Sketch of the medical history of the native army of Bombay, for the year
Year: 1876
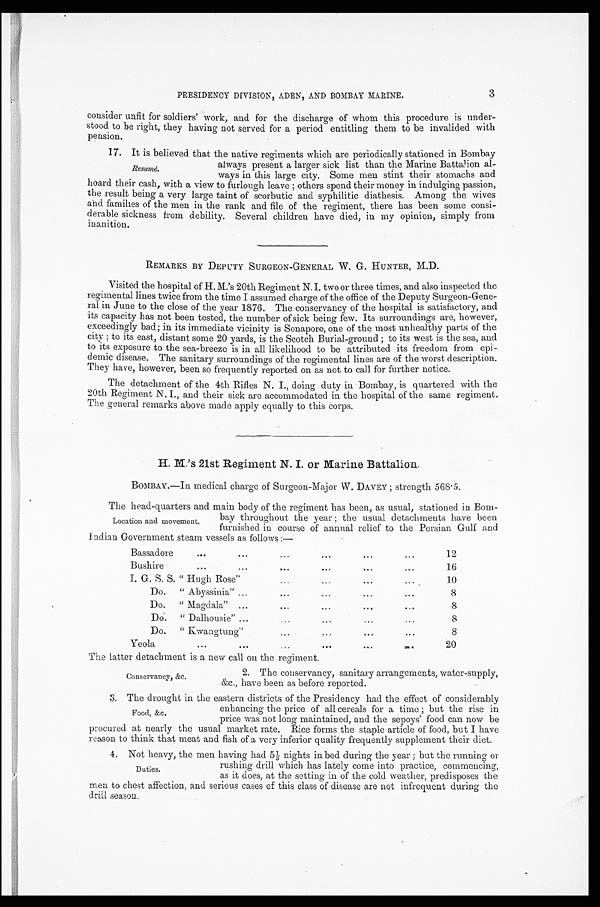
3
PRESIDENCY DIVISION, ADEN, AND BOMBAY MARINE.
consider unfit for soldiers' work, and for the discharge of whom this procedure is under-
stood to be right, they having not served for a period entitling them to be invalided with
pension.
17. It is believed that the native regiments which are periodically stationed in Bombay
R e s u m e .
always present a larger sick list than the Marine Battalion al-
ways in this large city. Some men stint their stomachs and
hoard their cash, with a view to furlough leave; others spend their money in indulging passion,
the result being a very large taint of scorbutic and syphilitic diathesis. Among the wives
and families of the men in the rank and file of the regiment, there has been some consi-
derable sickness from debility. Several children have died, in my opinion, simply from
inanition.
REMARKS BY DEPUTY SURGEON-GENERAL W. G. HUNTER, M.D.
Visited the hospital of H. M.'s 20th Regiment N. I. two or three times, and also inspected the
regimental lines twice from the time I assumed charge of the office of the Deputy Surgeon-Gene-
ral in June to the close of the year 1876. The conservancy of the hospital is satisfactory, and
its capacity has not been tested, the number of sick being few. Its surroundings are, however,
exceedingly bad; in its immediate vicinity is Sonapore, one of the most unhealthy parts of the
city ; to its east, distant some 20 yards, is the Scotch Burial-ground ; to its west is the sea, and
to its exposure to the sea-breeze is in all likelihood to be attributed its freedom from epi-
deic disease. The sanitary surroundings of the regimental lines are of the worst description.
They have, however, been so frequently reported on as not to call for further notice.
The detachment of the 4th Rifles N. I., doing duty in Bombay, is quartered with the
20th Regiment N. I., and their sick are accommodated in the hospital of the same regiment.
The general remarks above made apply equally to this corps.
H. M.'s 21st Regiment N. I. or Marine Battalion.
BOMBAY.—In medical charge of Surgeon-Major W. DAVEY ; strength 568.5.
The head-quarters and main body of the regiment has been, as usual, stationed in Born-
Location and movement.
bay throughout the year ; the usual detachments have been
furnished in course of annual relief to the Persian Gulf and
Indian Government steam vessels as follows :—
Bassadore
... ...
...
...
. . .
. . .
12
Bushire
...
...
...
. . .
. . .
. . .
16
I. G. S. S. " Hugh Rose"
...
...
...
...
10
Do.
" Abyssinia" ...
...
...
...
...
8
Do.
" Magdala" ...
...
...
...
...
8
Do. " Dalhousie" ...
... ...
...
...
8
Do.
" Kwangtung
...
...
...
...
8
Yeola
...
...
...
...
...
...
20
The latter detachment is a new call on the regiment.
Conservancy, &c.
2. The conservancy, sanitary arrangements, water-supply,
&c.,have been as before reported.
3. The drought in the eastern districts of the Presidency had the effect of considerably
Food, &c.
enhancing the price of all cereals for a time ; but the rise in
Price was not long maintained, and the sepoys' food can now be
procured at nearly the usual market rate. Rice forms the staple article of food, but I have
reason to think that meat and fish of a very inferior quality frequently supplement their diet.
4. Not heavy, the men having had 5 1/3 nights in bed during the year; but the running or
rushing drill which has lately come into practice, commencing,
as it does, at the setting in of the cold weather, predisposes the
Duties.
men to chest affection, and serious cases of this class of disease are not infrequent during the
drill season.